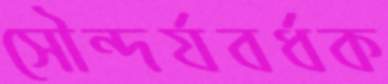
সৌন্দর্যবর্ধক